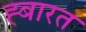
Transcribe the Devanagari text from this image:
ह्बारत